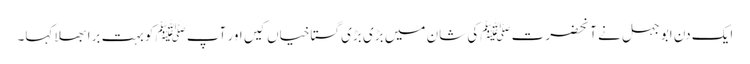
ایک دن ابو جہل نے آنحضرت ﷺکی شان میں بڑی بڑی گستاخیاں کیں اور آپﷺ کو بہت برا بھلا کہا۔